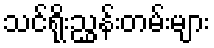
သင်ရိုးညွှန်းတမ်းများ